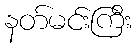
နတ်မင်းကြီး